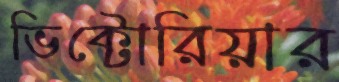
ভিক্টোরিয়ার